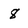
Character: 8